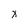
Character: x